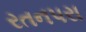
રતનપરા